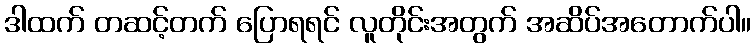
ဒါထက် တဆင့်တက် ပြောရရင် လူတိုင်းအတွက် အဆိပ်အတောက်ပါ။